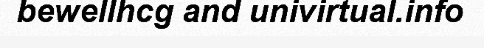
bewellhcg and univirtual.info